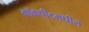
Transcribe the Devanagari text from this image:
कॉकपीटमधील